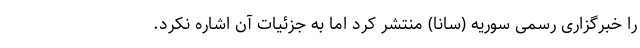
را خبرگزاری رسمی سوریه (سانا) منتشر کرد اما به جزئیات آن اشاره نکرد.